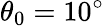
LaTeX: \theta_{0}=10^{\circ}